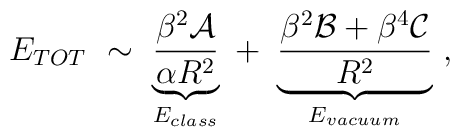
E_{TOT}\ \sim \ \underbrace{\frac{\beta^2 {\cal A}}{\alpha R^2}}_{E_{class}}\ +\ \underbrace{\frac{\beta^2 {\cal B} +\beta^4 {\cal C}}{R^2}}_{E_{vacuum}}\ ,